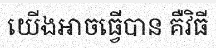
យើងអាចធ្វើបាន គឺវិធី